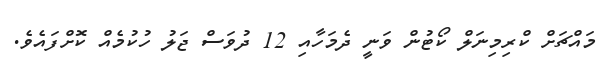
މައްޗަށް ކްރިމިނަލް ކޯޓުން ވަނީ ދެމަހާއި 12 ދުވަސް ޖަލު ހުކުމެއް ކޮށްފައެވެ.